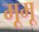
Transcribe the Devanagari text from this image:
मूमू